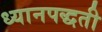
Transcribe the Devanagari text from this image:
ध्यानपद्धती